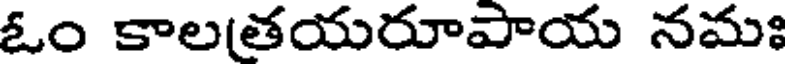
ఓం కాలతయరూపాయ నమః